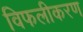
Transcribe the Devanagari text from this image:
विफलीकरण